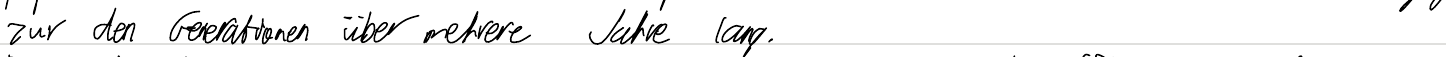
zur den Generationen über mehrere Jahre lang.